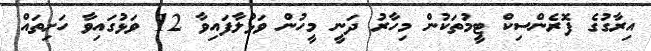
އިރާގުގެ ފޮރެންސިކް ޓީމުތަކުން މިހާރު ދަނީ މީހުން ވަޅުލާފައިވާ 12 ވަޅުގައިވާ ހަށިތައް